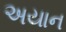
અયાન